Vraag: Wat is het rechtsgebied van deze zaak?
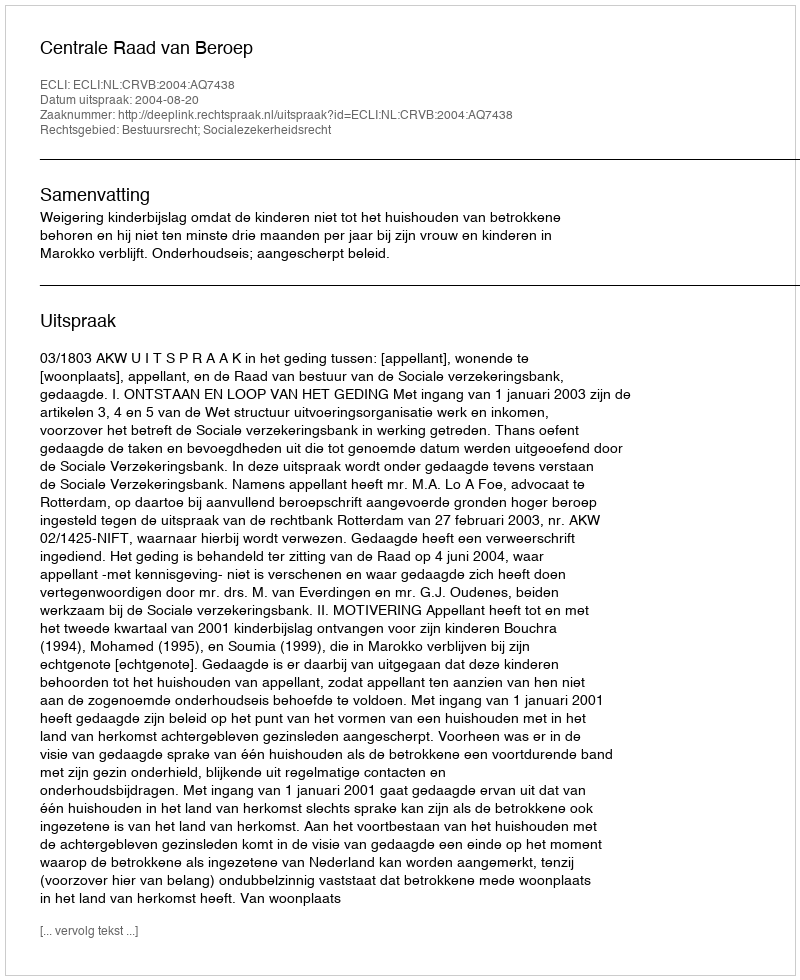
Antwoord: Bestuursrecht; Socialezekerheidsrecht